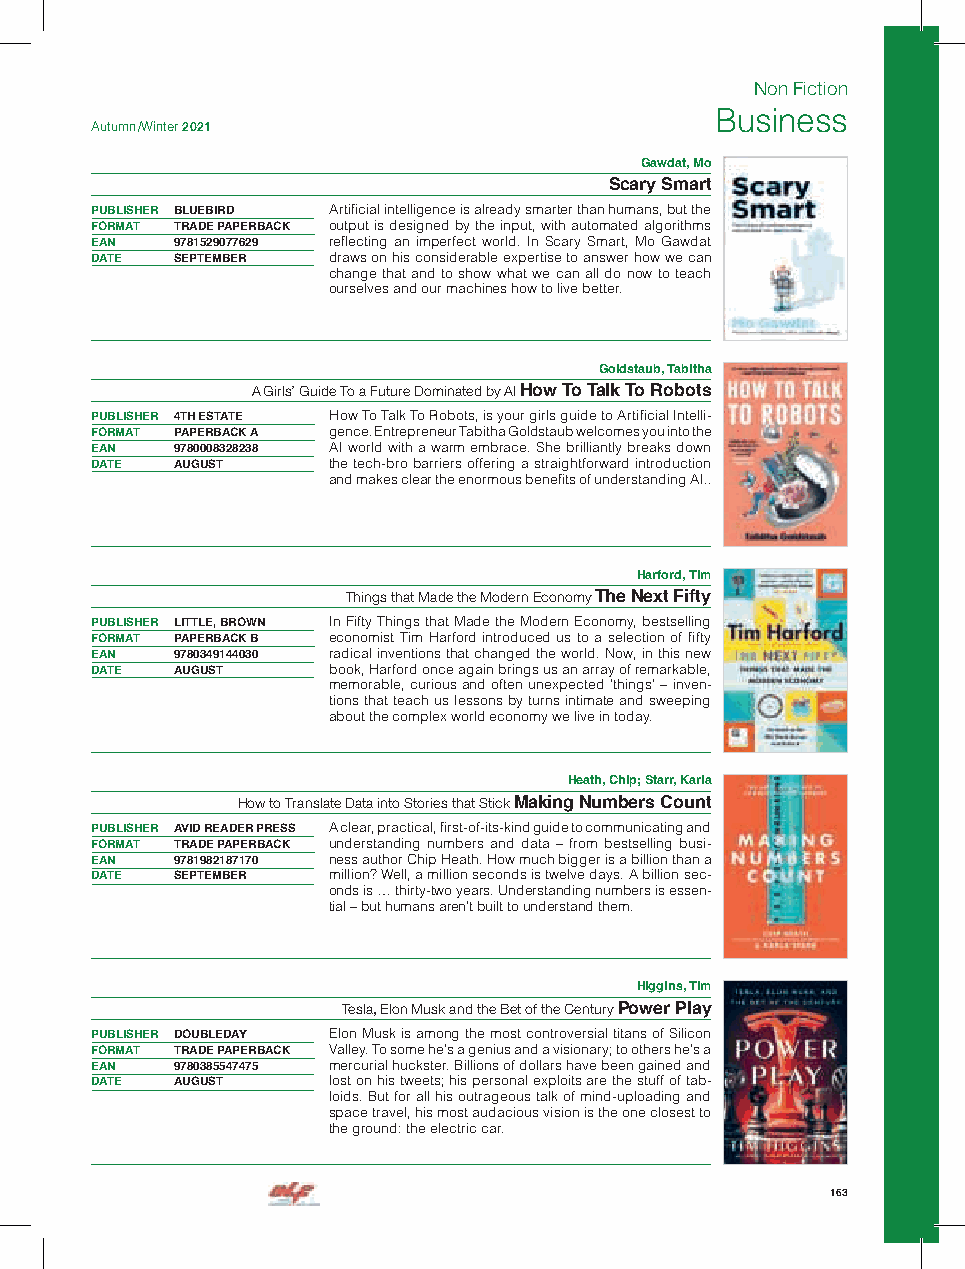
Non Fiction
 Business
 Autumn /Winter 2021
 Gawdat, Mo
 Scary Smart
 PUBLISHER BLUEBIRD Artificial intelligence is already smarter than humans, but the
 FORMAT TRADE PAPERBACK output is designed by the input, with automated algorithms
 EAN  9781529077629 reflecting an imperfect world. In Scary Smart, Mo Gawdat
 DATE SEPTEMBER  draws on his considerable expertise to answer how we can
 change that and to show what we can all do now to teach
 ourselves and our machines how to live better.
 Goldstaub, Tabitha
 A Girls’ Guide To a Future Dominated by AI How To Talk To Robots
 PUBLISHER 4TH ESTATE How To Talk To Robots, is your girls guide to Artificial Intelli-
 FORMAT PAPERBACK A gence. Entrepreneur Tabitha Goldstaub welcomes you into the
 EAN  9780008328238 AI world with a warm embrace. She brilliantly breaks down
 DATE AUGUST     the tech-bro barriers offering a straightforward introduction
 and makes clear the enormous benefits of understanding AI..
 Harford, Tim
 Things that Made the Modern Economy The Next Fifty
 PUBLISHER LITTLE, BROWN In Fifty Things that Made the Modern Economy, bestselling
 FORMAT PAPERBACK B economist Tim Harford introduced us to a selection of fifty
 EAN  9780349144030 radical inventions that changed the world. Now, in this new
 DATE AUGUST     book, Harford once again brings us an array of remarkable,
 memorable, curious and often unexpected ’things’ – inven-
 tions that teach us lessons by turns intimate and sweeping
 about the complex world economy we live in today.
 Heath, Chip; Starr, Karla
 How to Translate Data into Stories that Stick Making Numbers Count
 PUBLISHER AVID READER PRESS A clear, practical, first-of-its-kind guide to communicating and
 FORMAT TRADE PAPERBACK understanding numbers and data – from bestselling busi-
 EAN  9781982187170 ness author Chip Heath. How much bigger is a billion than a
 DATE SEPTEMBER  million? Well, a million seconds is twelve days. A billion sec-
 onds is … thirty-two years. Understanding numbers is essen-
 tial – but humans aren’t built to understand them.
 Higgins, Tim
 Tesla, Elon Musk and the Bet of the Century Power Play
 PUBLISHER DOUBLEDAY Elon Musk is among the most controversial titans of Silicon
 FORMAT TRADE PAPERBACK Valley. To some he’s a genius and a visionary; to others he’s a
 EAN  9780385547475 mercurial huckster. Billions of dollars have been gained and
 DATE AUGUST     lost on his tweets; his personal exploits are the stuff of tab-
 loids. But for all his outrageous talk of mind-uploading and
 space travel, his most audacious vision is the one closest to
 the ground: the electric car.
 163